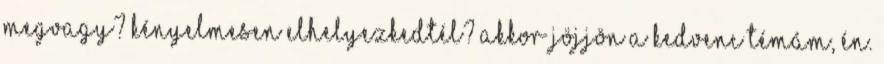
megvagy? Kényelmesen elhelyezkedtél? Akkor jöjjön a kedvenc témám, én.